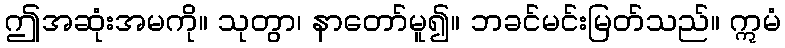
ဤအဆုံးအမကို။ သုတွာ၊ နာတော်မူ၍။ ဘခင်မင်းမြတ်သည်။ ဣမံ